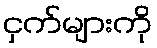
ငှက်များကို